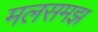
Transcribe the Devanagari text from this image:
मलसमझ